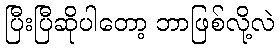
ပြီးပြီဆိုပါတော့ ဘာဖြစ်လို့လဲ